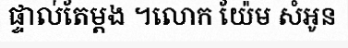
ផ្ទាល់តែម្តង ។លោក យ៉ែម សំអូន